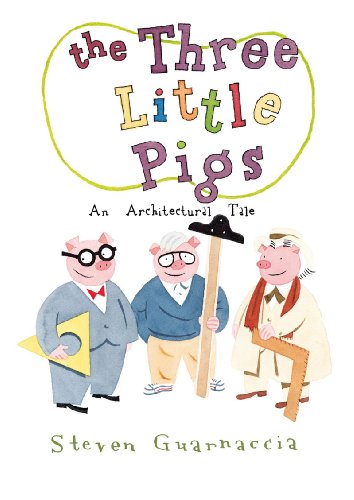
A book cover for The Three Little Pigs: An Architectural Tale; Steven Guarnaccia; Children's Books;